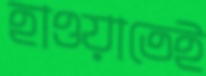
হাওয়াতেই